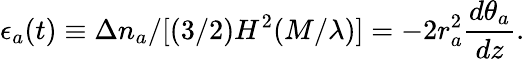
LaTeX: \epsilon_{a}(t)\equiv\Delta n_{a}/[(3/2)H^{2}(M/\lambda)]=-2r_{a}^{2}\frac{d\theta_{a}}{dz}.